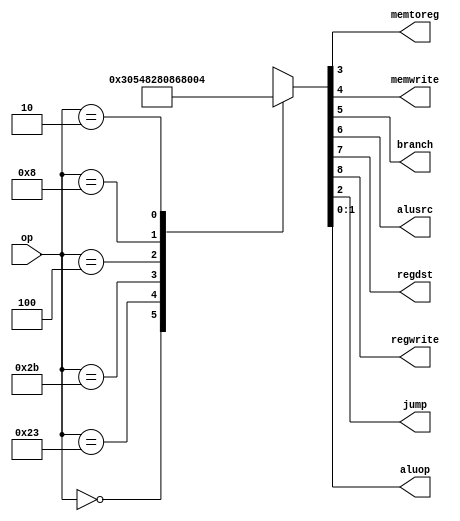
module maindec(input [5:0] op,
					output memtoreg,memwrite,
					output branch,alusrc,
					output regdst,regwrite,
					output jump,
					output [1:0] aluop );
					
	reg [8:0] controls;
	
	assign {regwrite,regdst,alusrc,
			  branch,memwrite,
			  memtoreg,jump,aluop} = controls;
			  
	always @(*)
		case(op)
				
			6'b000000 : controls <= 9'b110000010;
			6'b100011 : controls <= 9'b101001000;
			6'b101011 : controls <= 9'b001010000;
			6'b000100 : controls <= 9'b000100001;
			6'b001000 : controls <= 9'b101000000;
			6'b000010 : controls <= 9'b000000100;
			default   : controls <= 9'bxxxxxxxxx;
		
		endcase

endmodule